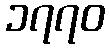
၁၇၇၀